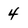
Character: 4